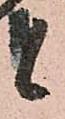
候